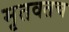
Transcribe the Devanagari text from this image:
मृतवतच